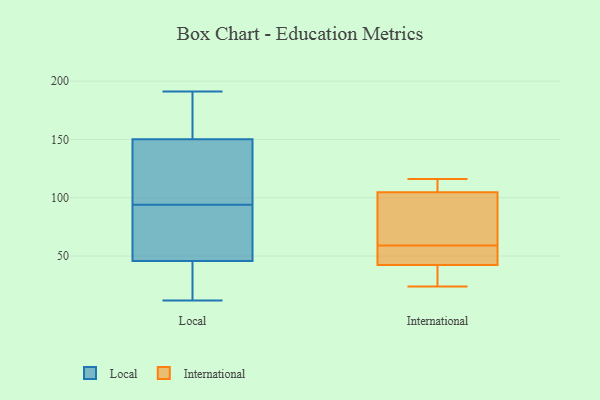
{"axis": {"x": "Shipments", "y": "Value"}, "legend": ["International", "Local"], "data": [{"x": "", "y": 94, "type": "Local"}, {"x": "", "y": 77, "type": "Local"}, {"x": "", "y": 56, "type": "Local"}, {"x": "", "y": 95, "type": "Local"}, {"x": "", "y": 147, "type": "Local"}, {"x": "", "y": 177, "type": "Local"}, {"x": "", "y": 125, "type": "Local"}, {"x": "", "y": 191, "type": "Local"}, {"x": "", "y": 136, "type": "Local"}, {"x": "", "y": 59, "type": "Local"}, {"x": "", "y": 33, "type": "Local"}, {"x": "", "y": 160, "type": "Local"}, {"x": "", "y": 50, "type": "Local"}, {"x": "", "y": 173, "type": "Local"}, {"x": "", "y": 21, "type": "Local"}, {"x": "", "y": 23, "type": "Local"}, {"x": "", "y": 12, "type": "Local"}, {"x": "", "y": 65, "type": "International"}, {"x": "", "y": 24, "type": "International"}, {"x": "", "y": 116, "type": "International"}, {"x": "", "y": 25, "type": "International"}, {"x": "", "y": 108, "type": "International"}, {"x": "", "y": 55, "type": "International"}, {"x": "", "y": 109, "type": "International"}, {"x": "", "y": 41, "type": "International"}, {"x": "", "y": 46, "type": "International"}, {"x": "", "y": 95, "type": "International"}, {"x": "", "y": 59, "type": "International"}]}